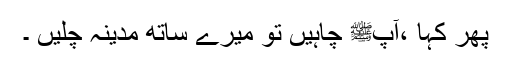
پھر کہا ،آپﷺ چاہیں تو میرے ساتھ مدینہ چلیں ۔